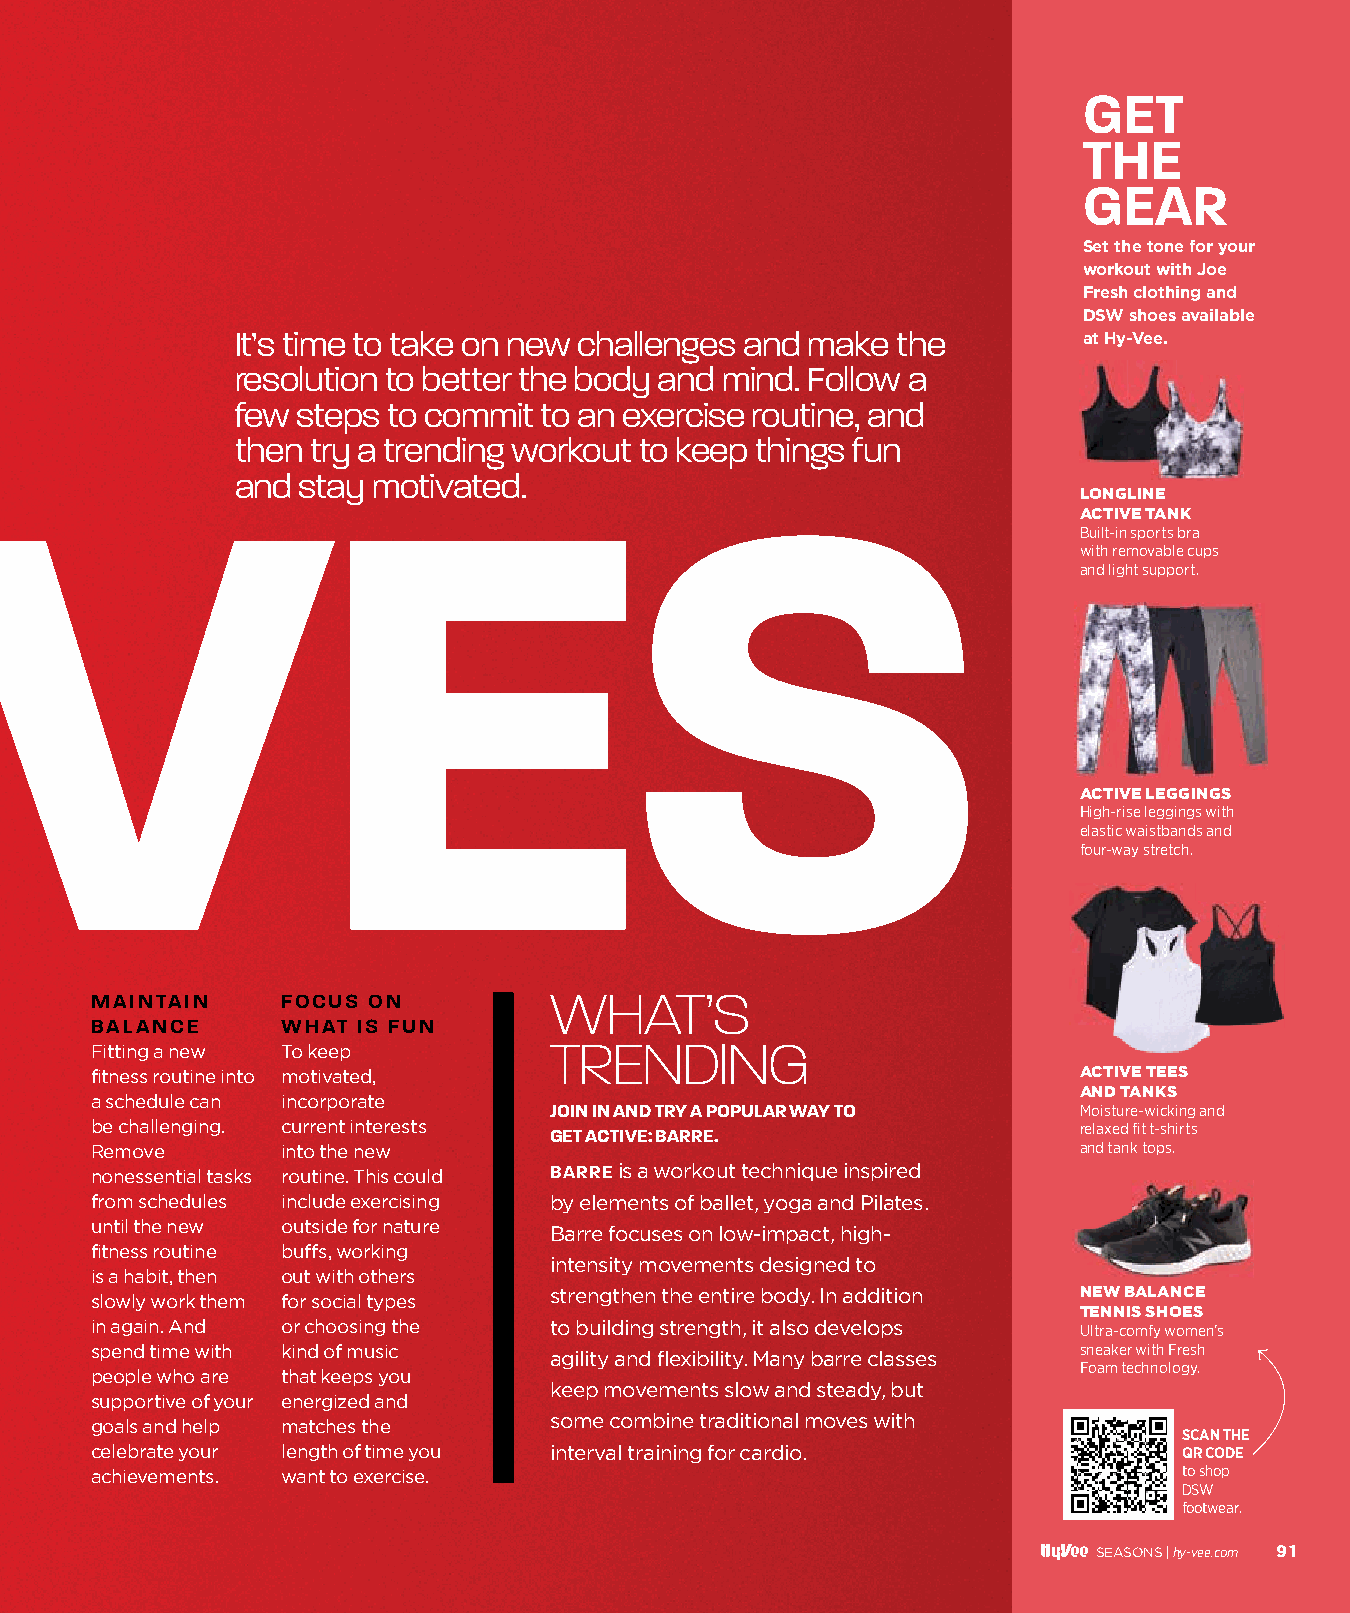
GET
 THE
 GEAR
 NEW                                                                     Set the tone for your
 workout with Joe
 Fresh clothing and
 DSW shoes available
 It’s time to take on new challenges and make the        at Hy-Vee.
 resolution to better the body and mind. Follow a
 few steps to commit to an exercise routine, and
 then try a trending workout to keep things fun
 and stay motivated.
 MOVES                                                                  LONGLINE
 ACTIVE TANK
 Built-in sports bra
 with removable cups
 and light support.
 ACTIVE LEGGINGS
 High-rise leggings with
 elastic waistbands and
 four-way stretch.
 MAINTAIN     FOCUS ON         WHAT’S
 BALANCE      WHAT IS FUN
 Fitting a new To keep         TRENDING
 fitness routine into motivated,                                  ACTIVE TEES
 AND TANKS
 a schedule can incorporate
 JOIN IN AND TRY A POPULAR WAY TO   Moisture-wicking and
 be challenging. current interests GET ACTIVE: BARRE.             relaxed fit t-shirts
 Remove       into the new                                        and tank tops.
 nonessential tasks routine. This could BARRE is a workout technique inspired
 from schedules include exercising by elements of ballet, yoga and Pilates.
 until the new outside for nature
 Barre focuses on low-impact, high-
 fitness routine buffs, working
 intensity movements designed to
 is a habit, then out with others
 slowly work them for social types strengthen the entire body. In addition NEW BALANCE
 TENNIS SHOES
 in again. And or choosing the to building strength, it also develops Ultra-comfy women’s
 spend time with kind of music                                    sneaker with Fresh
 agility and flexibility. Many barre classes
 Foam technology.
 people who are that keeps you
 keep movements slow and steady, but
 supportive of your energized and
 goals and help matches the    some combine traditional moves with
 SCAN THE
 celebrate your length of time you interval training for cardio.         QR CODE
 achievements. want to exercise.                                         to shop
 DSW
 footwear.
 SEASONS |hy-vee.com 91
 009900--009933 EExxeerrcciissee__1111..2299..iinndddd 9911                       1111//2299//2211 1122::0077 PPMM